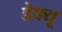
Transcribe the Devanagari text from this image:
डेफ्यू